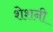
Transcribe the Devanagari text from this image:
शेशनी